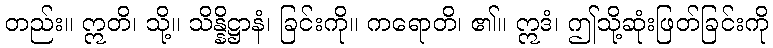
တည်း။ ဣတိ၊ သို့။ သိန္နိဋ္ဌာနံ၊ ခြင်းကို။ ကရောတိ၊ ၏။ ဣဒံ၊ ဤသို့ဆုံးဖြတ်ခြင်းကို